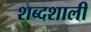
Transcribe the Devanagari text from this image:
शब्दशाली